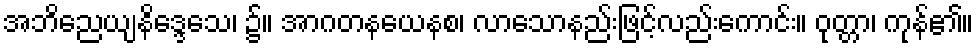
အဘိညေယျနိဒ္ဒေသေ၊ ၌။ အာဂတနယေနစ၊ လာသောနည်းဖြင့်လည်းကောင်း။ ဝုတ္တာ၊ ကုန်၏။